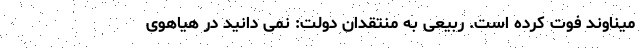
میناوند فوت کرده است. ربیعی به منتقدان دولت: نمی دانید در هیاهوی